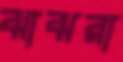
ঝাঝরা